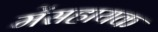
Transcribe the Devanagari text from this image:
मेंसहायक